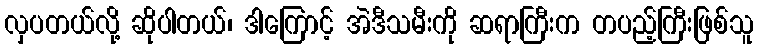
လှပတယ်လို့ ဆိုပါတယ်၊ ဒါကြောင့် အဲဒီသမီးကို ဆရာကြီးက တပည့်ကြီးဖြစ်သူ